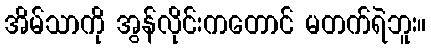
အိမ်သာကို အွန်လိုင်းကတောင် မတက်ရဲဘူး။